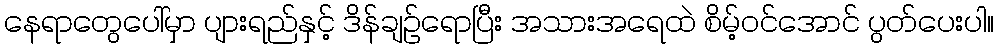
နေရာတွေပေါ်မှာ ပျားရည်နှင့် ဒိန်ချဉ်ရောပြီး အသားအရေထဲ စိမ့်ဝင်အောင် ပွတ်ပေးပါ။